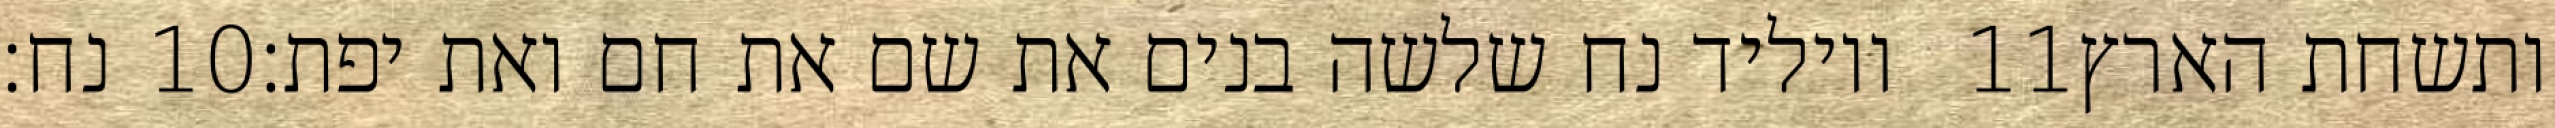
נח׃ ‎10‏ ויוליד נח שלשה בנים את שם את חם ואת יפת׃ ‎11‏ ותשחת הארץ